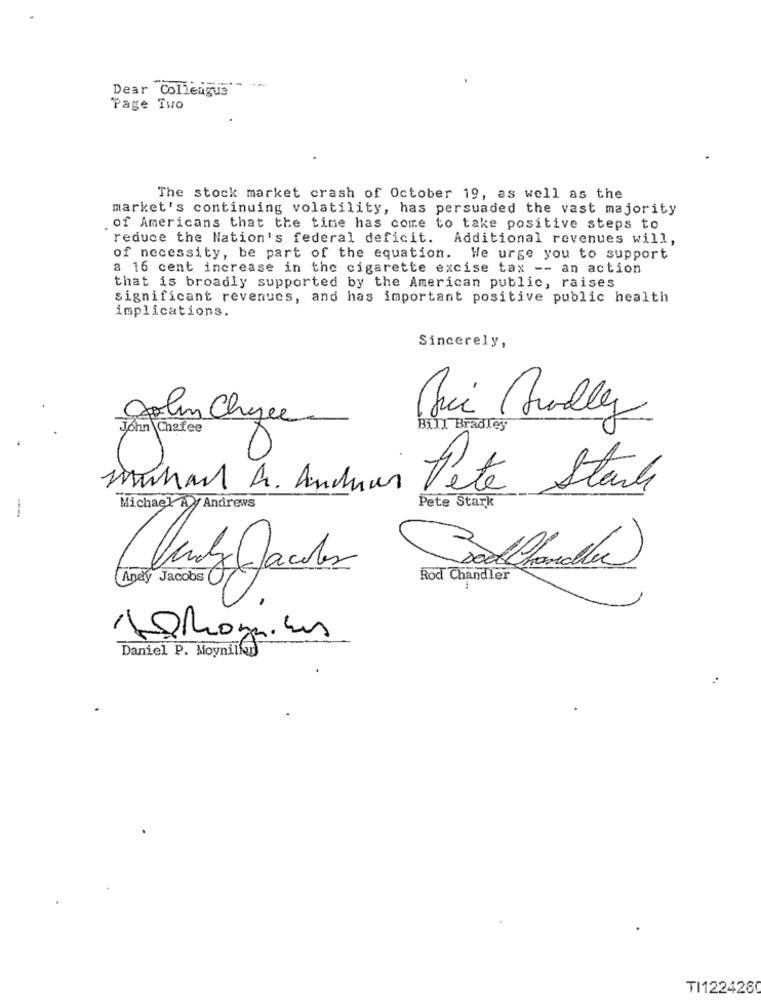
Dear Colleague"
Page Two
The stock market crash of October 19, as well as the
market's continuing volatility, has persuaded the vast majority
of Americans that the time has come to take positive steps to
reduce the Nation's federal deficit. Additional revenues will,
of necessity, be part of the equation. We urge you to support
a 16 cent increase in the cigarette excise tax -- an action
that is broadly supported by the American public, raises
significant revenues, and has important positive public health
implications.
Sincerely,
golin Chyce
John Chafee
Bill Bradley
Drukar . Andras
Pete Stark
Pete Stand
Michael A Andrews
Andy Jacobs
Rod Chandler
Daniel P. Moyniled
TI122426